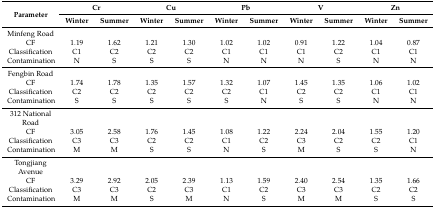
<table><thead><tr><td rowspan="2"><b>Parameter</b></td><td colspan="2"><b>Cr</b></td><td colspan="2"><b>Cu</b></td><td colspan="2"><b>Pb</b></td><td colspan="2"><b>V</b></td><td colspan="2"><b>Zn</b></td></tr><tr><td><b>Winter</b></td><td><b>Summer</b></td><td><b>Winter</b></td><td><b>Summer</b></td><td><b>Winter</b></td><td><b>Summer</b></td><td><b>Winter</b></td><td><b>Summer</b></td><td><b>Winter</b></td><td><b>Summer</b></td></tr></thead><tbody><tr><td>Minfeng Road</td><td></td><td></td><td></td><td></td><td></td><td></td><td></td><td></td><td></td><td></td></tr><tr><td>CF</td><td>1.19</td><td>1.62</td><td>1.21</td><td>1.30</td><td>1.02</td><td>1.02</td><td>0.91</td><td>1.22</td><td>1.04</td><td>0.87</td></tr><tr><td>Classification</td><td>C1</td><td>C2</td><td>C2</td><td>C2</td><td>C1</td><td>C1</td><td>C1</td><td>C2</td><td>C1</td><td>C1</td></tr><tr><td>Contamination</td><td>N</td><td>S</td><td>S</td><td>S</td><td>N</td><td>N</td><td>N</td><td>S</td><td>N</td><td>N</td></tr><tr><td>Fengbin Road</td><td></td><td></td><td></td><td></td><td></td><td></td><td></td><td></td><td></td><td></td></tr><tr><td>CF</td><td>1.74</td><td>1.78</td><td>1.35</td><td>1.57</td><td>1.32</td><td>1.07</td><td>1.45</td><td>1.35</td><td>1.06</td><td>1.02</td></tr><tr><td>Classification</td><td>C2</td><td>C2</td><td>C2</td><td>C2</td><td>C2</td><td>C1</td><td>C2</td><td>C2</td><td>C1</td><td>C1</td></tr><tr><td>Contamination</td><td>S</td><td>S</td><td>S</td><td>S</td><td>S</td><td>N</td><td>S</td><td>S</td><td>N</td><td>N</td></tr><tr><td>312 National Road</td><td></td><td></td><td></td><td></td><td></td><td></td><td></td><td></td><td></td><td></td></tr><tr><td>CF</td><td>3.05</td><td>2.58</td><td>1.76</td><td>1.45</td><td>1.08</td><td>1.22</td><td>2.24</td><td>2.04</td><td>1.55</td><td>1.20</td></tr><tr><td>Classification</td><td>C3</td><td>C3</td><td>C2</td><td>C2</td><td>C1</td><td>C2</td><td>C3</td><td>C2</td><td>C2</td><td>C1</td></tr><tr><td>Contamination</td><td>M</td><td>M</td><td>S</td><td>S</td><td>N</td><td>S</td><td>M</td><td>S</td><td>S</td><td>N</td></tr><tr><td>Tongjiang Avenue</td><td></td><td></td><td></td><td></td><td></td><td></td><td></td><td></td><td></td><td></td></tr><tr><td>CF</td><td>3.29</td><td>2.92</td><td>2.05</td><td>2.39</td><td>1.13</td><td>1.59</td><td>2.40</td><td>2.54</td><td>1.35</td><td>1.66</td></tr><tr><td>Classification</td><td>C3</td><td>C3</td><td>C2</td><td>C3</td><td>C1</td><td>C2</td><td>C3</td><td>C3</td><td>C2</td><td>C2</td></tr><tr><td>Contamination</td><td>M</td><td>M</td><td>S</td><td>M</td><td>N</td><td>S</td><td>M</td><td>M</td><td>S</td><td>S</td></tr></tbody></table>